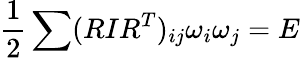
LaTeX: \frac 12\sum(RIR^{T})_{ij}\omega_{i}\omega_{j}=E